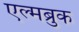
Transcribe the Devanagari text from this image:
एल्मब्रुक